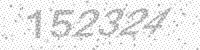
Solution: 152324